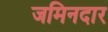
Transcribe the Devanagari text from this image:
जमिनदार